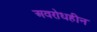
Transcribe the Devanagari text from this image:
अवरोधहीन